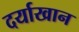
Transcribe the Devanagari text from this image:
दर्याखान